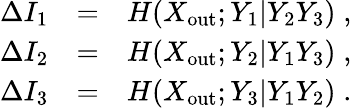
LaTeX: \begin{array}{rlr}{\Delta I_{1}}&{=}&{H(X_{\mathrm{out}};Y_{1}|Y_{2}Y_{3})\; ,}\\ {\Delta I_{2}}&{=}&{H(X_{\mathrm{out}};Y_{2}|Y_{1}Y_{3})\; ,}\\ {\Delta I_{3}}&{=}&{H(X_{\mathrm{out}};Y_{3}|Y_{1}Y_{2})\; .}\end{array}